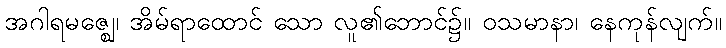
အဂါရမဇ္ဈေ၊ အိမ်ရာထောင် သော လူ၏ဘောင်၌။ ဝသမာနာ၊ နေကုန်လျက်။